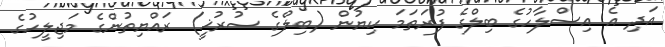
އަދި އެ އިސްލާހުގެ ބިލްގެ ފުރަތަމަ ކިޔުން (ބިލްގެ ސުރުޚީ) ރައްޔިތުންގެ މަޖިލީހުގެ